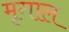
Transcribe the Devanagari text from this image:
मृगाल